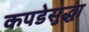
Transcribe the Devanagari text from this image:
कपडेसुद्धा